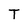
Character: T